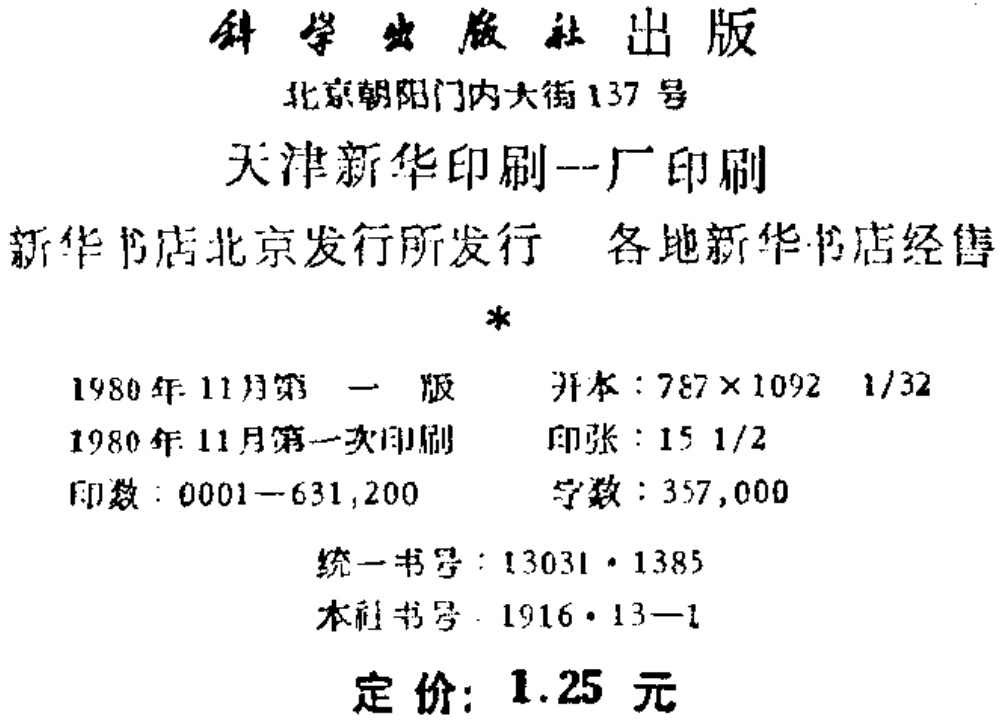
\begin{center}

科学出版社出版\\

北京朝阳门内大街137号\\

天津新华印刷一厂印刷\\

新华书店北京发行所发行 各地新华书店经售\\

\*\\

1980年11月第一版 开本：$787\times1092$ 1/32\\

1980年11月第一次印刷 印张：$15\frac{1}{2}$\\

印数：0001—631,200 字数：357,000\\

统一书号：13031·1385\\

本社书号：1916·13—1\\

定价：1.25元

\end{center}